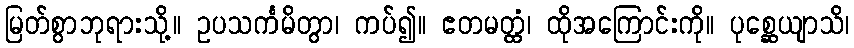
မြတ်စွာဘုရားသို့။ ဥပသင်္ကမိတွာ၊ ကပ်၍။ ဧတမတ္ထံ၊ ထိုအကြောင်းကို။ ပုစ္ဆေယျာသိ၊